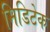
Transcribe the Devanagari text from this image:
मिडिटेक